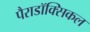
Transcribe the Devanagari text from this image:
पैराडॉक्सिकल